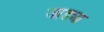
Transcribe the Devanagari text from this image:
जाड्या